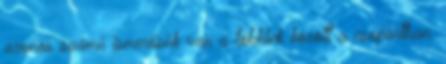
azonos számú ismerősük van a többiek között a csoportban.